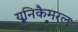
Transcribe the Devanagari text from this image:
यूनिकैमरल